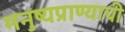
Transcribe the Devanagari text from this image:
मनुष्यप्राण्याची